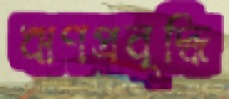
ঋণপ্রবৃদ্ধি